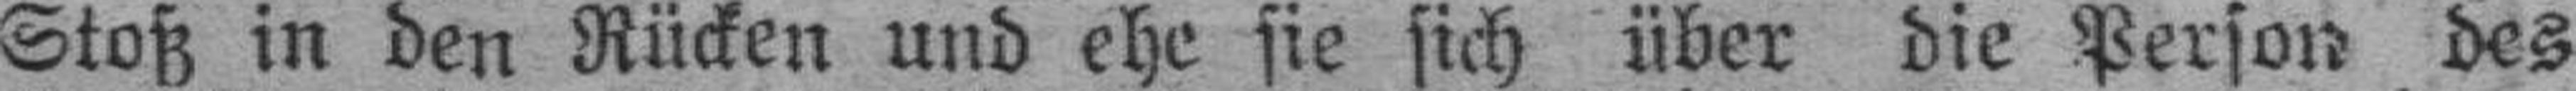
Stoß in den Rücken und ehe sie sich über die Person des